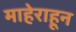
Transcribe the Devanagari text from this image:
माहेराहून